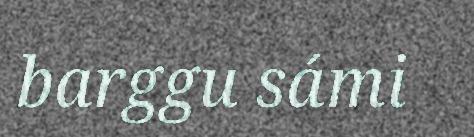
barggu sámi